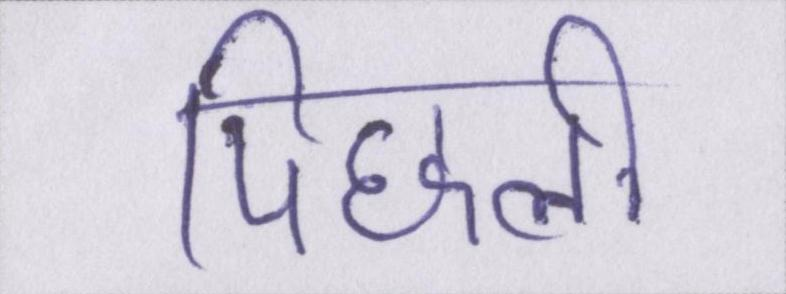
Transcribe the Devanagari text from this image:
पिछली